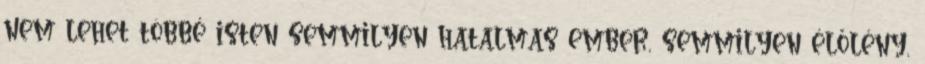
nem lehet többé isten semmilyen hatalmas ember, semmilyen élőlény,